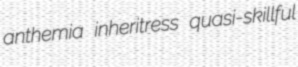
anthemia inheritress quasi-skillful